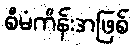
စီမံကိန်းအဖြစ်